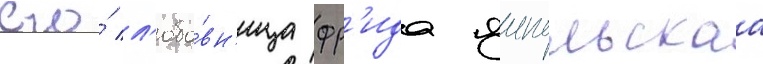
его́ л'юбо́вн'ица фр'ида ямпольскаа